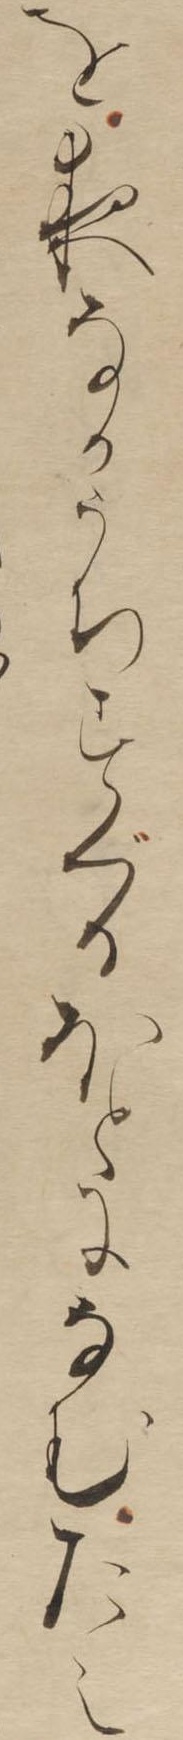
を夜なかうちすぐるほとになむたえ